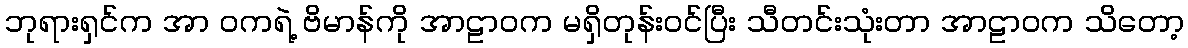
ဘုရားရှင်က အာ ဝကရဲ့ ဗိမာန်ကို အာဠာဝက မရှိတုန်းဝင်ပြီး သီတင်းသုံးတာ အာဠာဝက သိတော့